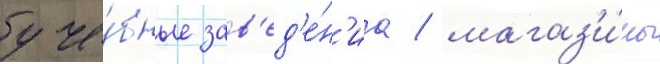
уче́бные зав'ед'е́н'иа / магаз'и́ны